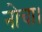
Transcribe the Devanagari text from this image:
नोचा।